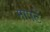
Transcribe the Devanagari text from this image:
मापटें